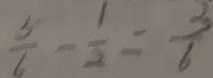
\frac { 5 } { 6 } - \frac { 1 } { 2 } = \frac { 3 } { 6 }